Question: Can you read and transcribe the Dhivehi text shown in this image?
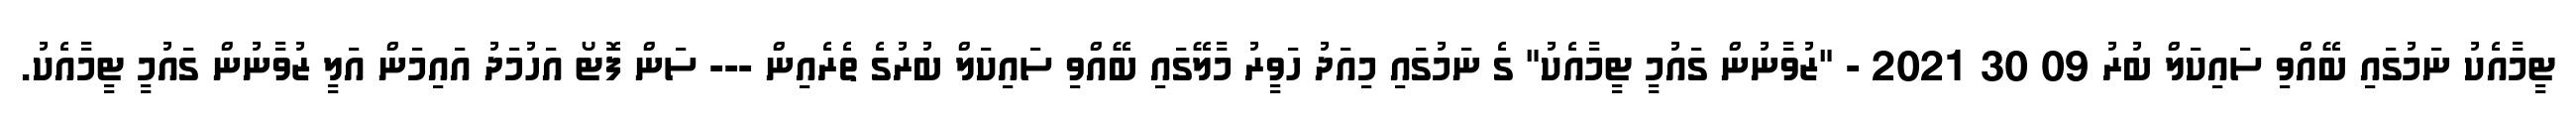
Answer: ޓީމާއެކު ނަމުގައި ބޭއްވި ސައިކަލް ބުރު 09 30 2021 - "ޒުވާނުން ގައުމީ ޓީމާއެކު" ގެ ނަމުގައި މިއަދު ހަވީރު މާލޭގައި ބޭއްވި ސައިކަލް ބުރުގެ ތެރެއިން --- ސަން ފޮޓޯ އަހުމަދު އައިމަން އަލީ ޒުވާނުން ގައުމީ ޓީމާއެކު.